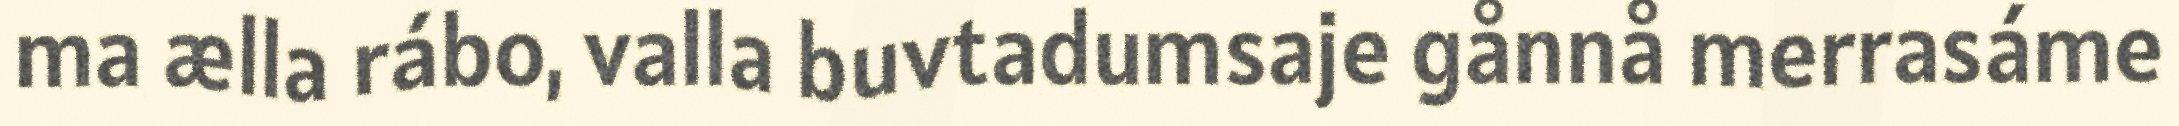
ma ælla rábo, valla buvtadumsaje gånnå merrasáme